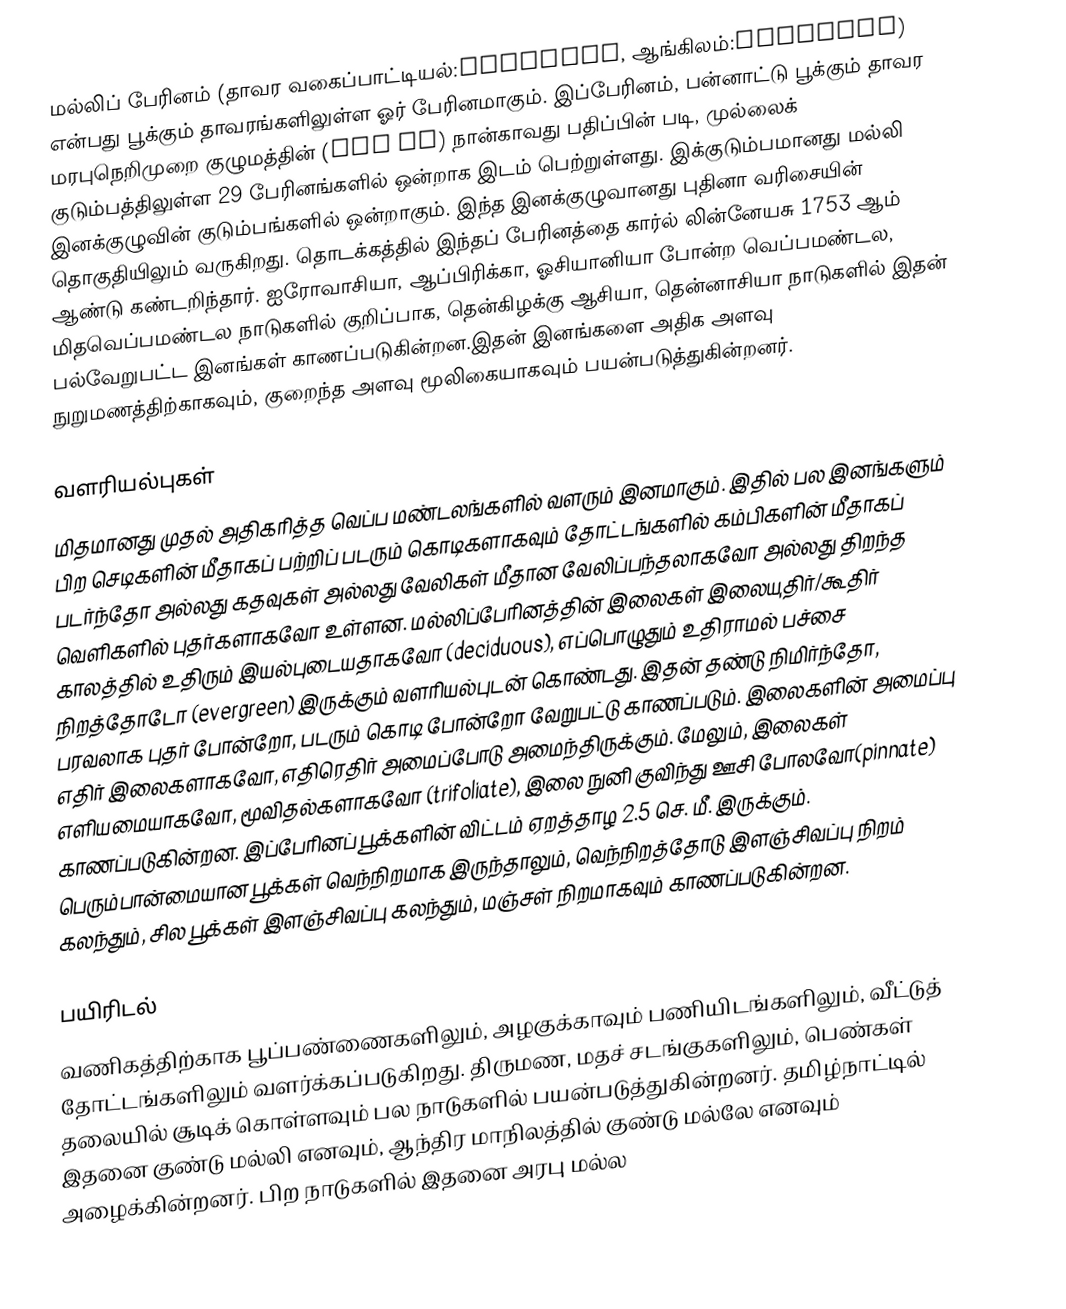
மல்லிப் பேரினம் (தாவர வகைப்பாட்டியல்:Jasminum, ஆங்கிலம்:Jasmines) என்பது பூக்கும் தாவரங்களிலுள்ள ஓர் பேரினமாகும். இப்பேரினம், பன்னாட்டு பூக்கும் தாவர மரபுநெறிமுறை குழுமத்தின் (APG IV) நான்காவது பதிப்பின் படி, முல்லைக் குடும்பத்திலுள்ள 29 பேரினங்களில் ஒன்றாக இடம் பெற்றுள்ளது. இக்குடும்பமானது மல்லி இனக்குழுவின் குடும்பங்களில் ஒன்றாகும். இந்த இனக்குழுவானது புதினா வரிசையின் தொகுதியிலும் வருகிறது. தொடக்கத்தில் இந்தப் பேரினத்தை கார்ல் லின்னேயசு 1753 ஆம் ஆண்டு கண்டறிந்தார். ஐரோவாசியா, ஆப்பிரிக்கா, ஓசியானியா போன்ற  வெப்பமண்டல, மிதவெப்பமண்டல நாடுகளில் குறிப்பாக, தென்கிழக்கு ஆசியா, தென்னாசியா நாடுகளில் இதன் பல்வேறுபட்ட இனங்கள் காணப்படுகின்றன.இதன் இனங்களை அதிக அளவு நுறுமணத்திற்காகவும், குறைந்த அளவு மூலிகையாகவும் பயன்படுத்துகின்றனர்.

வளரியல்புகள்
மிதமானது முதல் அதிகரித்த வெப்ப மண்டலங்களில் வளரும் இனமாகும். இதில் பல இனங்களும் பிற செடிகளின் மீதாகப் பற்றிப் படரும் கொடிகளாகவும் தோட்டங்களில் கம்பிகளின் மீதாகப் படர்ந்தோ அல்லது கதவுகள் அல்லது வேலிகள் மீதான வேலிப்பந்தலாகவோ அல்லது திறந்த வெளிகளில் புதர்களாகவோ உள்ளன. மல்லிப்பேரினத்தின் இலைகள் இலையுதிர்/கூதிர் காலத்தில் உதிரும் இயல்புடையதாகவோ (deciduous), எப்பொழுதும் உதிராமல் பச்சை நிறத்தோடோ (evergreen) இருக்கும் வளரியல்புடன் கொண்டது. இதன் தண்டு நிமிர்ந்தோ, பரவலாக புதர் போன்றோ, படரும் கொடி போன்றோ வேறுபட்டு காணப்படும். இலைகளின் அமைப்பு எதிர் இலைகளாகவோ, எதிரெதிர் அமைப்போடு அமைந்திருக்கும். மேலும், இலைகள் எளியமையாகவோ, மூவிதல்களாகவோ (trifoliate), இலை நுனி குவிந்து ஊசி போலவோ(pinnate) காணப்படுகின்றன. இப்பேரினப் பூக்களின் விட்டம் ஏறத்தாழ 2.5 செ. மீ. இருக்கும். பெரும்பான்மையான பூக்கள் வெந்நிறமாக இருந்தாலும், வெந்நிறத்தோடு இளஞ்சிவப்பு நிறம் கலந்தும், சில பூக்கள் இளஞ்சிவப்பு கலந்தும், மஞ்சள் நிறமாகவும்  காணப்படுகின்றன.

பயிரிடல்
வணிகத்திற்காக பூப்பண்ணைகளிலும், அழகுக்காவும் பணியிடங்களிலும், வீட்டுத் தோட்டங்களிலும் வளர்க்கப்படுகிறது. திருமண, மதச் சடங்குகளிலும், பெண்கள் தலையில் சூடிக் கொள்ளவும் பல நாடுகளில் பயன்படுத்துகின்றனர். தமிழ்நாட்டில் இதனை குண்டு மல்லி எனவும், ஆந்திர மாநிலத்தில் குண்டு மல்லே எனவும் அழைக்கின்றனர். பிற நாடுகளில் இதனை அரபு மல்ல